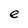
Character: e